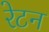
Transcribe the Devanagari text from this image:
रेटन